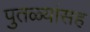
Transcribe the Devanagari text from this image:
पुतळ्यांसह